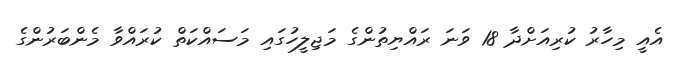
އެއީ މިހާރު ކުރިއަށްދާ 18 ވަނަ ރައްޔިތުންގެ މަޖިލީހުގައި މަސައްކަތް ކުރައްވާ މެންބަރުންގެ